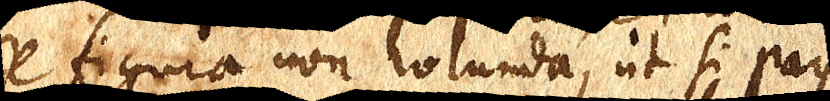
de figura non rotunda, ut si pars